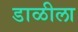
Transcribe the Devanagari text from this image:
डाळीला